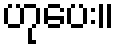
ဟုပေး။